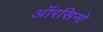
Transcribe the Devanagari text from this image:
ऑरसिनो